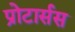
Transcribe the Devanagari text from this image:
प्रोटार्सस